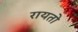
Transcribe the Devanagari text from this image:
रायतो